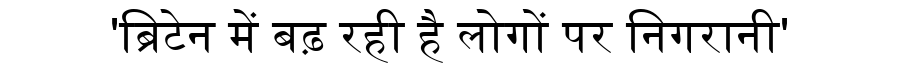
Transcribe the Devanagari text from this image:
'ब्रिटेन में बढ़ रही है लोगों पर निगरानी'